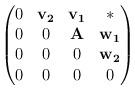
LaTeX: \begin{align*} \begin{pmatrix} 0&{\bf v_2}&{\bf v_1}& *\\0&0&{\bf A}&{\bf w_1}\\0&0&0 & {\bf w_2}\\0&0&0 &0\end{pmatrix} \end{align*}